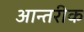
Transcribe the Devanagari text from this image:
आन्तरीक